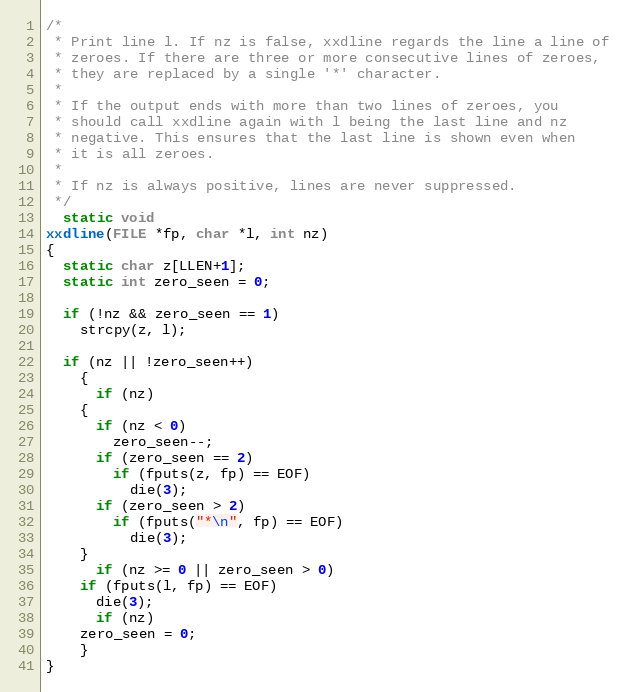
Language: C
/*
 * Print line l. If nz is false, xxdline regards the line a line of
 * zeroes. If there are three or more consecutive lines of zeroes,
 * they are replaced by a single '*' character.
 *
 * If the output ends with more than two lines of zeroes, you
 * should call xxdline again with l being the last line and nz
 * negative. This ensures that the last line is shown even when
 * it is all zeroes.
 *
 * If nz is always positive, lines are never suppressed.
 */
  static void
xxdline(FILE *fp, char *l, int nz)
{
  static char z[LLEN+1];
  static int zero_seen = 0;

  if (!nz && zero_seen == 1)
    strcpy(z, l);

  if (nz || !zero_seen++)
    {
      if (nz)
	{
	  if (nz < 0)
	    zero_seen--;
	  if (zero_seen == 2)
	    if (fputs(z, fp) == EOF)
	      die(3);
	  if (zero_seen > 2)
	    if (fputs("*\n", fp) == EOF)
	      die(3);
	}
      if (nz >= 0 || zero_seen > 0)
	if (fputs(l, fp) == EOF)
	  die(3);
      if (nz)
	zero_seen = 0;
    }
}